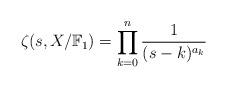
LaTeX: \begin{align*}\zeta(s,X/\mathbb{F}_1) = \prod_{k=0}^n \frac{1}{(s-k)^{a_k}} \end{align*}